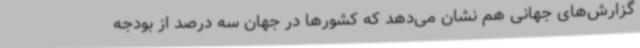
گزارش‌های جهانی هم نشان می‌دهد که کشورها در جهان سه درصد از بودجه